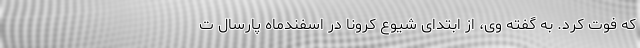
که فوت کرد. به گفته وی، از ابتدای شیوع کرونا در اسفندماه پارسال ت